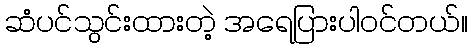
ဆံပင်သွင်းထားတဲ့ အရေပြားပါဝင်တယ်။